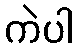
ကဲပါ